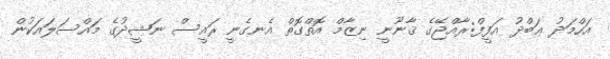
އަހްމަދު ޢަބްދު އަފީފް:ރާއްޖޭގެ ޤާނޫނީ ނިޒާމް އޮތްގޮތް އެނގެނީ ރައީސް ނަޝީދުގެ މައްސަލައަކުން